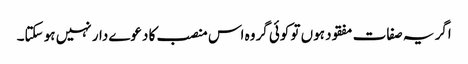
اگر یہ صفات مفقود ہوں تو کوئی گروہ اس منصب کا دعوے دار نہیں ہو سکتا۔